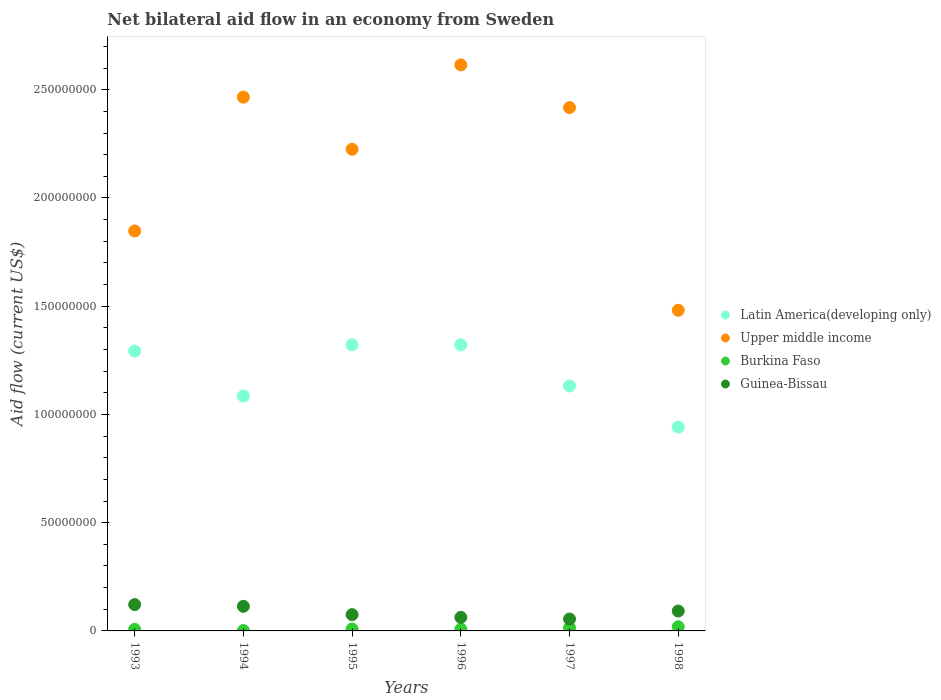
| Years | Latin America(developing only) | Upper middle income | Burkina Faso | Guinea-Bissau |
 | --- | --- | --- | --- | --- |
 | 1993 | 1.29e+08 | 1.85e+08 | 7.1e+05 | 1.22e+07 |
 | 1994 | 1.09e+08 | 2.47e+08 | 1.8e+05 | 1.14e+07 |
 | 1995 | 1.32e+08 | 2.22e+08 | 9.1e+05 | 7.52e+06 |
 | 1996 | 1.32e+08 | 2.61e+08 | 7.9e+05 | 6.26e+06 |
 | 1997 | 1.13e+08 | 2.42e+08 | 1.44e+06 | 5.49e+06 |
 | 1998 | 9.42e+07 | 1.48e+08 | 1.93e+06 | 9.18e+06 |